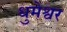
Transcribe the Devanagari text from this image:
धुमेश्वर